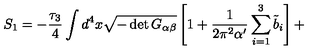
S _ { 1 } = - \frac { \tau _ { 3 } } { 4 } \int d ^ { 4 } x \sqrt { - \det G _ { \alpha \beta } } \left[ 1 + \frac { 1 } { 2 \pi ^ { 2 } \alpha ^ { \prime } } \sum _ { i = 1 } ^ { 3 } { \tilde { b } } _ { i } \right] +